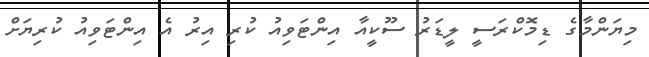
މިޔަންމާގެ ޑިމޮކްރަސީ ލީޑަރު ސޫކީއާ އިންޓަވިއު ކުރި އިރު އެ އިންޓަވިއު ކުރިޔަށް